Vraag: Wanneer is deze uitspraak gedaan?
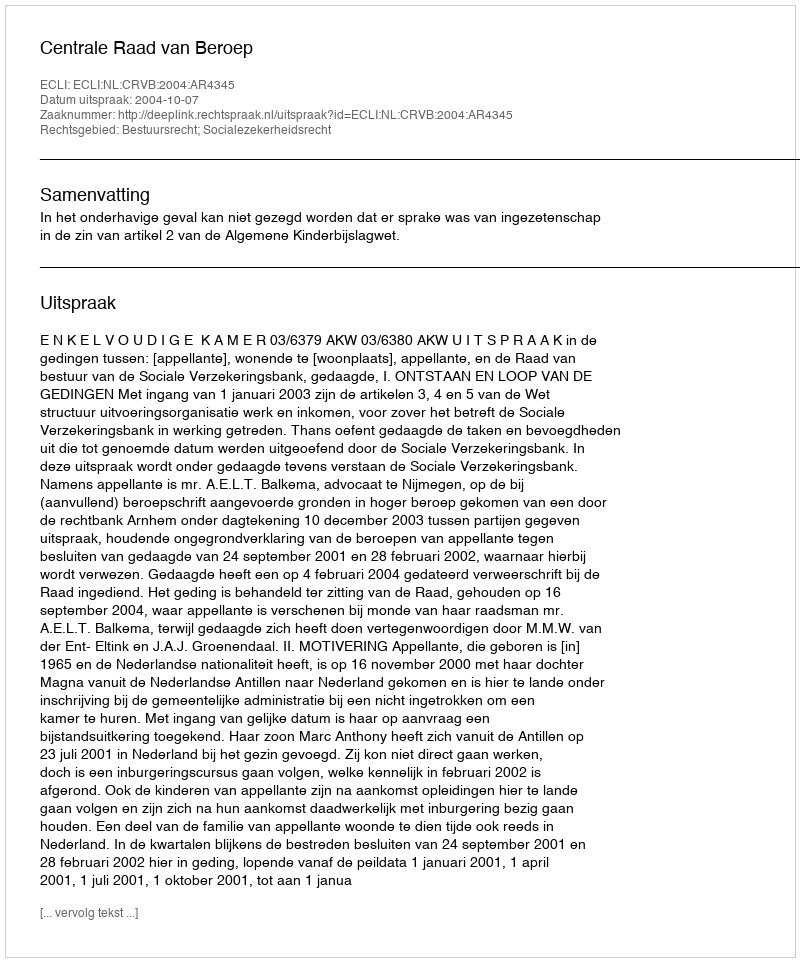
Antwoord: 2004-10-07